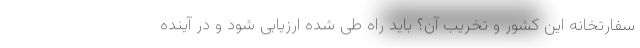
سفارتخانه این کشور و تخریب آن؟ باید راه طی شده ارزیابی شود و در آینده